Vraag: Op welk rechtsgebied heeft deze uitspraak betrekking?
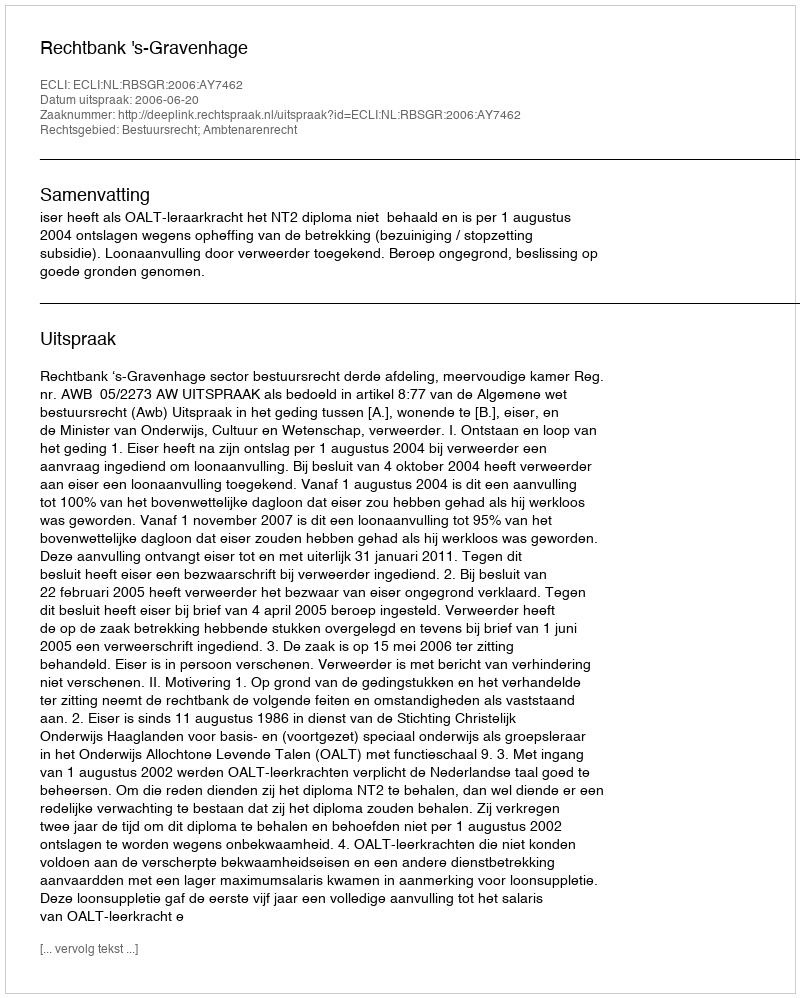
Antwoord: Bestuursrecht; Ambtenarenrecht